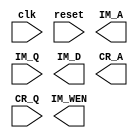
module DPA ( clk, reset, IM_A, IM_Q, IM_D, IM_WEN, CR_A, CR_Q);
input clk;
input reset;

//img_rom
output reg[19:0] IM_A;
input [23:0] IM_Q;
output reg [23:0] IM_D;
output reg IM_WEN;

//char_rom
output reg[8:0] CR_A;
input [12:0] CR_Q;

endmodule